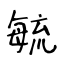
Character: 毓